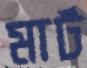
মার্ট